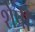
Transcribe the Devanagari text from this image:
शेषी